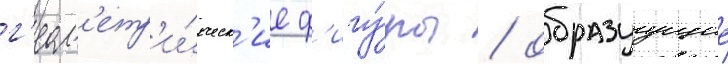
г'еом'етр'и́ческ'ие ф'игу́ры / образуущие